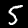
Label: 5